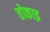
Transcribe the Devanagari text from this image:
तोकाइ